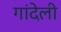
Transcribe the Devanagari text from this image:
गांदेली